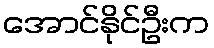
အောင်နိုင်ဦးက